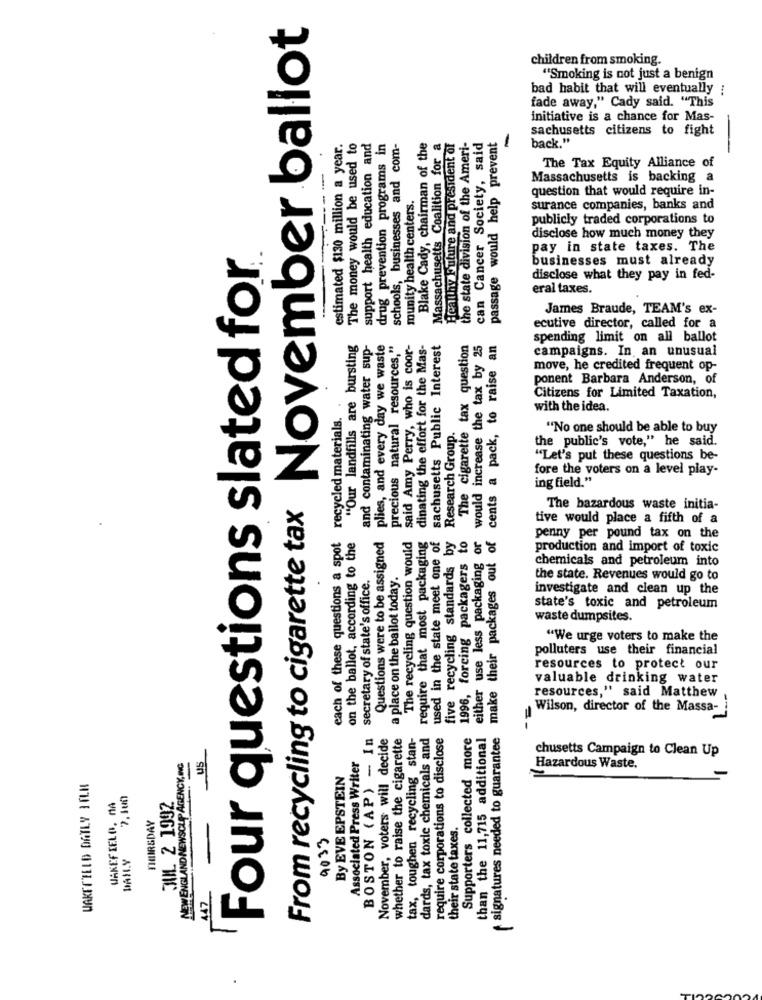
November ballot
children from smoking.
"Smoking is not just a benign
bad habit that will eventually ;
fade away," Cady said. "This
initiative is a chance for Mas-
passage would help prevent
-
sachusetts citizens to fight
estimated $130 million a year.
The money would be used to
support health education and
drug prevention programs in
schools, businesses and com-
Blake Cady, chairman of the
Massachusetts Coalition for a
Healthy Future and president of
the state division of the Ameri-
can Cancer Society, said
back."
The Tax Equity Alliance of
-
Massachusetts is backing a
munity health centers.
question that would require in-
surance companies, banks and
publicly traded corporations to
disclose how much money they
Four questions slated for
pay in state taxes. The
businesses must already
disclose what they pay in fed-
eral taxes.
James Braude, TEAM's ex-
ecutive director, called for a
"Our landfills are bursting
and contaminating water sup-
plies, and every day we waste
precious natural resources,"
said Amy Perry, who is coor-
dinating the effort for the Mas-
sachusetts Public Interest
The cigarette tax question
would increase the tax by 25
cents a pack, to raise an
spending limit on all ballot
campaigns. In an unusual
move, he credited frequent op-
ponent Barbara Anderson, of
Citizens for Limited Taxation,
recycled materials.
with the idea.
Research Group.
"No one should be able to buy
the public's vote," he said.
"Let's put these questions be-
fore the voters on a level play-
ing field."
From recycling to cigarette tax
The hazardous waste initia-
tive would place a fifth of a
each of these questions a spot
on the ballot, according to the
The recycling question would
require that most packaging
used in the state meet one of
either use less packaging or
Questions were to be assigned
five recycling standards by
1996, forcing packagers to
make their packages out of
penny per pound tax on the
production and import of toxic
chemicals and petroleum into
secretary of state's office.
a place on the ballot today.
the state. Revenues would go to
investigate and clean up the
state's toxic and petroleum
waste dumpsites.
"We urge voters to make the
polluters use their financial
resources to protect our
valuable drinking water
resources," said Matthew
Wilson, director of the Massa-
BOSTON (AP) - In
November, voters will decide
whether to raise the cigarette
tax, toughen recycling stan-
dards, tax toxic chemicals and
require corporations to disclose
Supporters collected more
than the 11,715 additional
signatures needed to guarantee
u5
Associated Press Writer
chusetts Campaign to Clean Up
NEW ENGLAND NEWSCLIP AGENCY, ING
By EVE EPSTEIN
Hazardous Waste.
WAKEFIELD DATLY IFLN
WAKEFIELD. MA
7.100
JUL 2 1992
THURSDAY
their state taxes.
9033
447